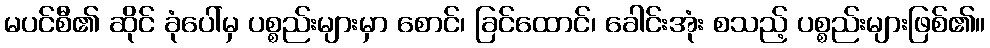
မပင်စီ၏ ဆိုင် ခုံပေါ်မှ ပစ္စည်းများမှာ စောင်၊ ခြင်ထောင်၊ ခေါင်းအုံး စသည့် ပစ္စည်းများဖြစ်၏။